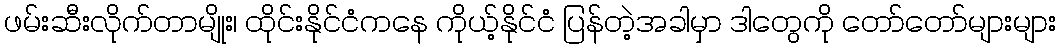
ဖမ်းဆီးလိုက်တာမျိုး၊ ထိုင်းနိုင်ငံကနေ ကိုယ့်နိုင်ငံ ပြန်တဲ့အခါမှာ ဒါတွေကို တော်တော်များများ